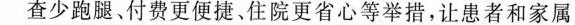
查少跑腿、付费更便捷、住院更省心等举措，让患者和家属